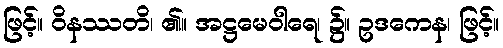
ဖြင့်။ ဝိနဿတိ၊ ၏။ အဋ္ဌမေဝါရေ၊ ၌။ ဥဒကေန၊ ဖြင့်။